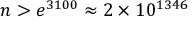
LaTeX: n > e ^ { 3 1 0 0 } \approx 2 \times 1 0 ^ { 1 3 4 6 }